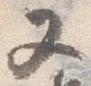
又